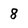
Character: 8